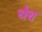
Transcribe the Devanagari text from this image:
थेच